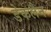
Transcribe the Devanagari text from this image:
डेकलैन